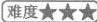
难度